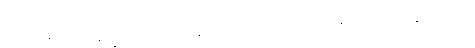
ရှေးရှုဆောင်၍။ နိက္ခိတ္တောယထာ၊ ချထားအပ်သကဲ့သို့။ ဧဝံ၊ အတူ။ အတ္တနော၊ မိမိ၏။